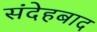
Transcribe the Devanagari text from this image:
संदेहबाद